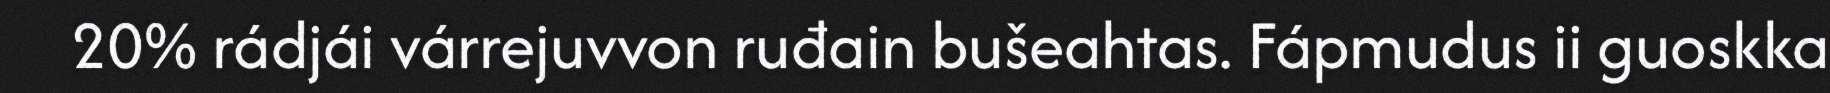
20% rádjái várrejuvvon ruđain bušeahtas. Fápmudus ii guoskka